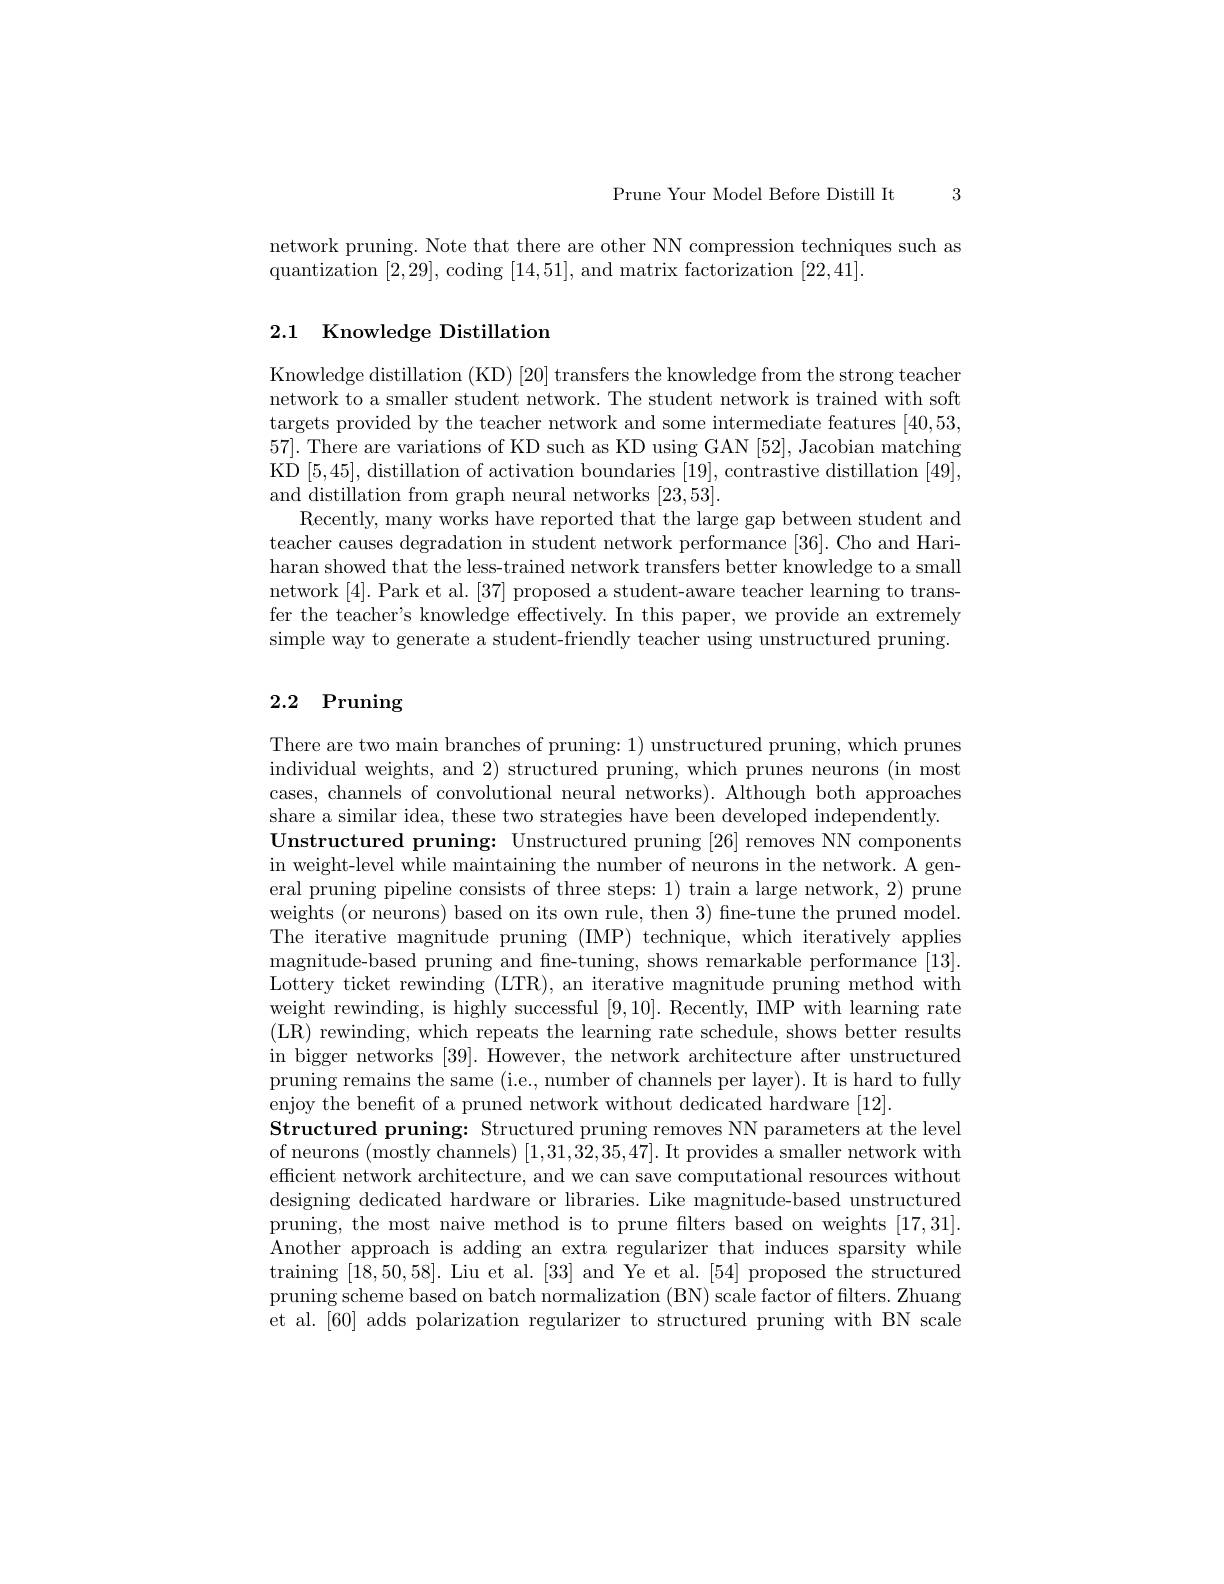
3

Prune Your Model Before Distill It

network pruning. Note that there are other NN compression techniques such as
quantization [2,29], coding [14,51], and matrix factorization [22,41].

## 2.1 Knowledge Distillation

Knowledge distillation (KD) [20] transfers the knowledge from the strong teacher network to a smaller student network. The student network is trained with soft targets provided by the teacher network and some intermediate features [40,53,1] 57]. There are variations of KD such as KD using GAN [52], Jacobian matching KD [5,45],distillation of activation boundaries [19],contrastive distillation [49], and distillation from graph neural networks [23,53].
Recently, many works have reported that the large gap between student and teacher causes degradation in student network performance [36]. Cho and Hariharan showed that the less-trained network transfers better knowledge to a small network [4]. Park et al. [37] proposed a student-aware teacher learning to transfer the teacher's knowledge effectively. In this paper, we provide an extremely simple way to generate a student-friendly teacher using unstructured pruning

# 2.2 Pruning

There are two main branches of pruning: 1) unstructured pruning, which prunes individual weights, and 2) structured pruning, which prunes neurons (in most cases, channels of convolutional neural networks). Although both approaches share a similar idea, these two strategies have been developed independently.
Unstructured pruning: Unstructured pruning [26] removes NN components in weight-level while maintaining the number of neurons in the network. A general pruning pipeline consists of three steps: 1) train a large network, 2) prune weights (or neurons) based on its own rule, then 3) fine-tune the pruned model. The iterative magnitude pruning (IMP) technique, which iteratively applies magnitude-based pruning and fne-tuning, shows remarkable performance [13]. Lottery ticket rewinding (LTR), an iterative magnitude pruning method with weight rewinding, is highly successful [9,10]. Recently, IMP with learning rate (LR) rewinding, which repeats the learning rate schedule, shows better results in bigger networks [39]. However, the network architecture after unstructured pruning remains the same (i.e., number of channels per layer). It is hard to fully enjoy the benefit of a pruned network without dedicated hardware [12].
Structured pruning: Structured pruning removes NN parameters at the level of neurons (mostly channels) [1,31,32,35,47]. It provides a smaller network with efficient network architecture, and we can save computational resources without designing dedicated hardware or libraries. Like magnitude-based unstructured pruning, the most naive method is to prune filters based on weights [17,31]. Another approach is adding an extra regularizer that induces sparsity while training [18,50,58]. Liu et al. [33] and Ye et al.[54] proposed the structured pruning scheme based on batch normalization (BN) scale factor of filters. Zhuang et al.[60] adds polarization regularizer to structured pruning with BN scale